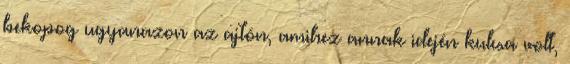
bekopog ugyanazon az ajtón, amihez annak idején kulcsa volt,